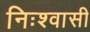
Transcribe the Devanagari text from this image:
निःश्वासी